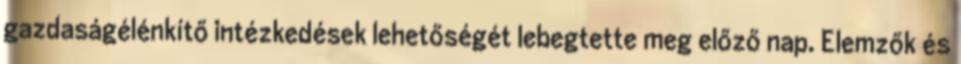
gazdaságélénkítő intézkedések lehetőségét lebegtette meg előző nap. Elemzők és